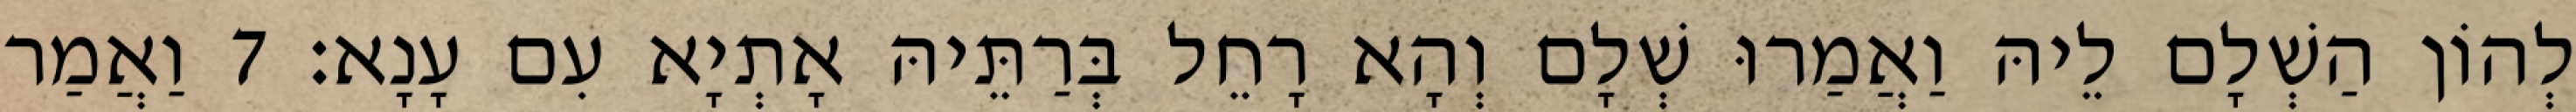
לְהוֹן הַשְׁלָם לֵיהּ וַאֲמַרוּ שְׁלָם וְהָא רָחֵל בְּרַתֵּיהּ אָתְיָא עִם עָנָא׃ 7 וַאֲמַר